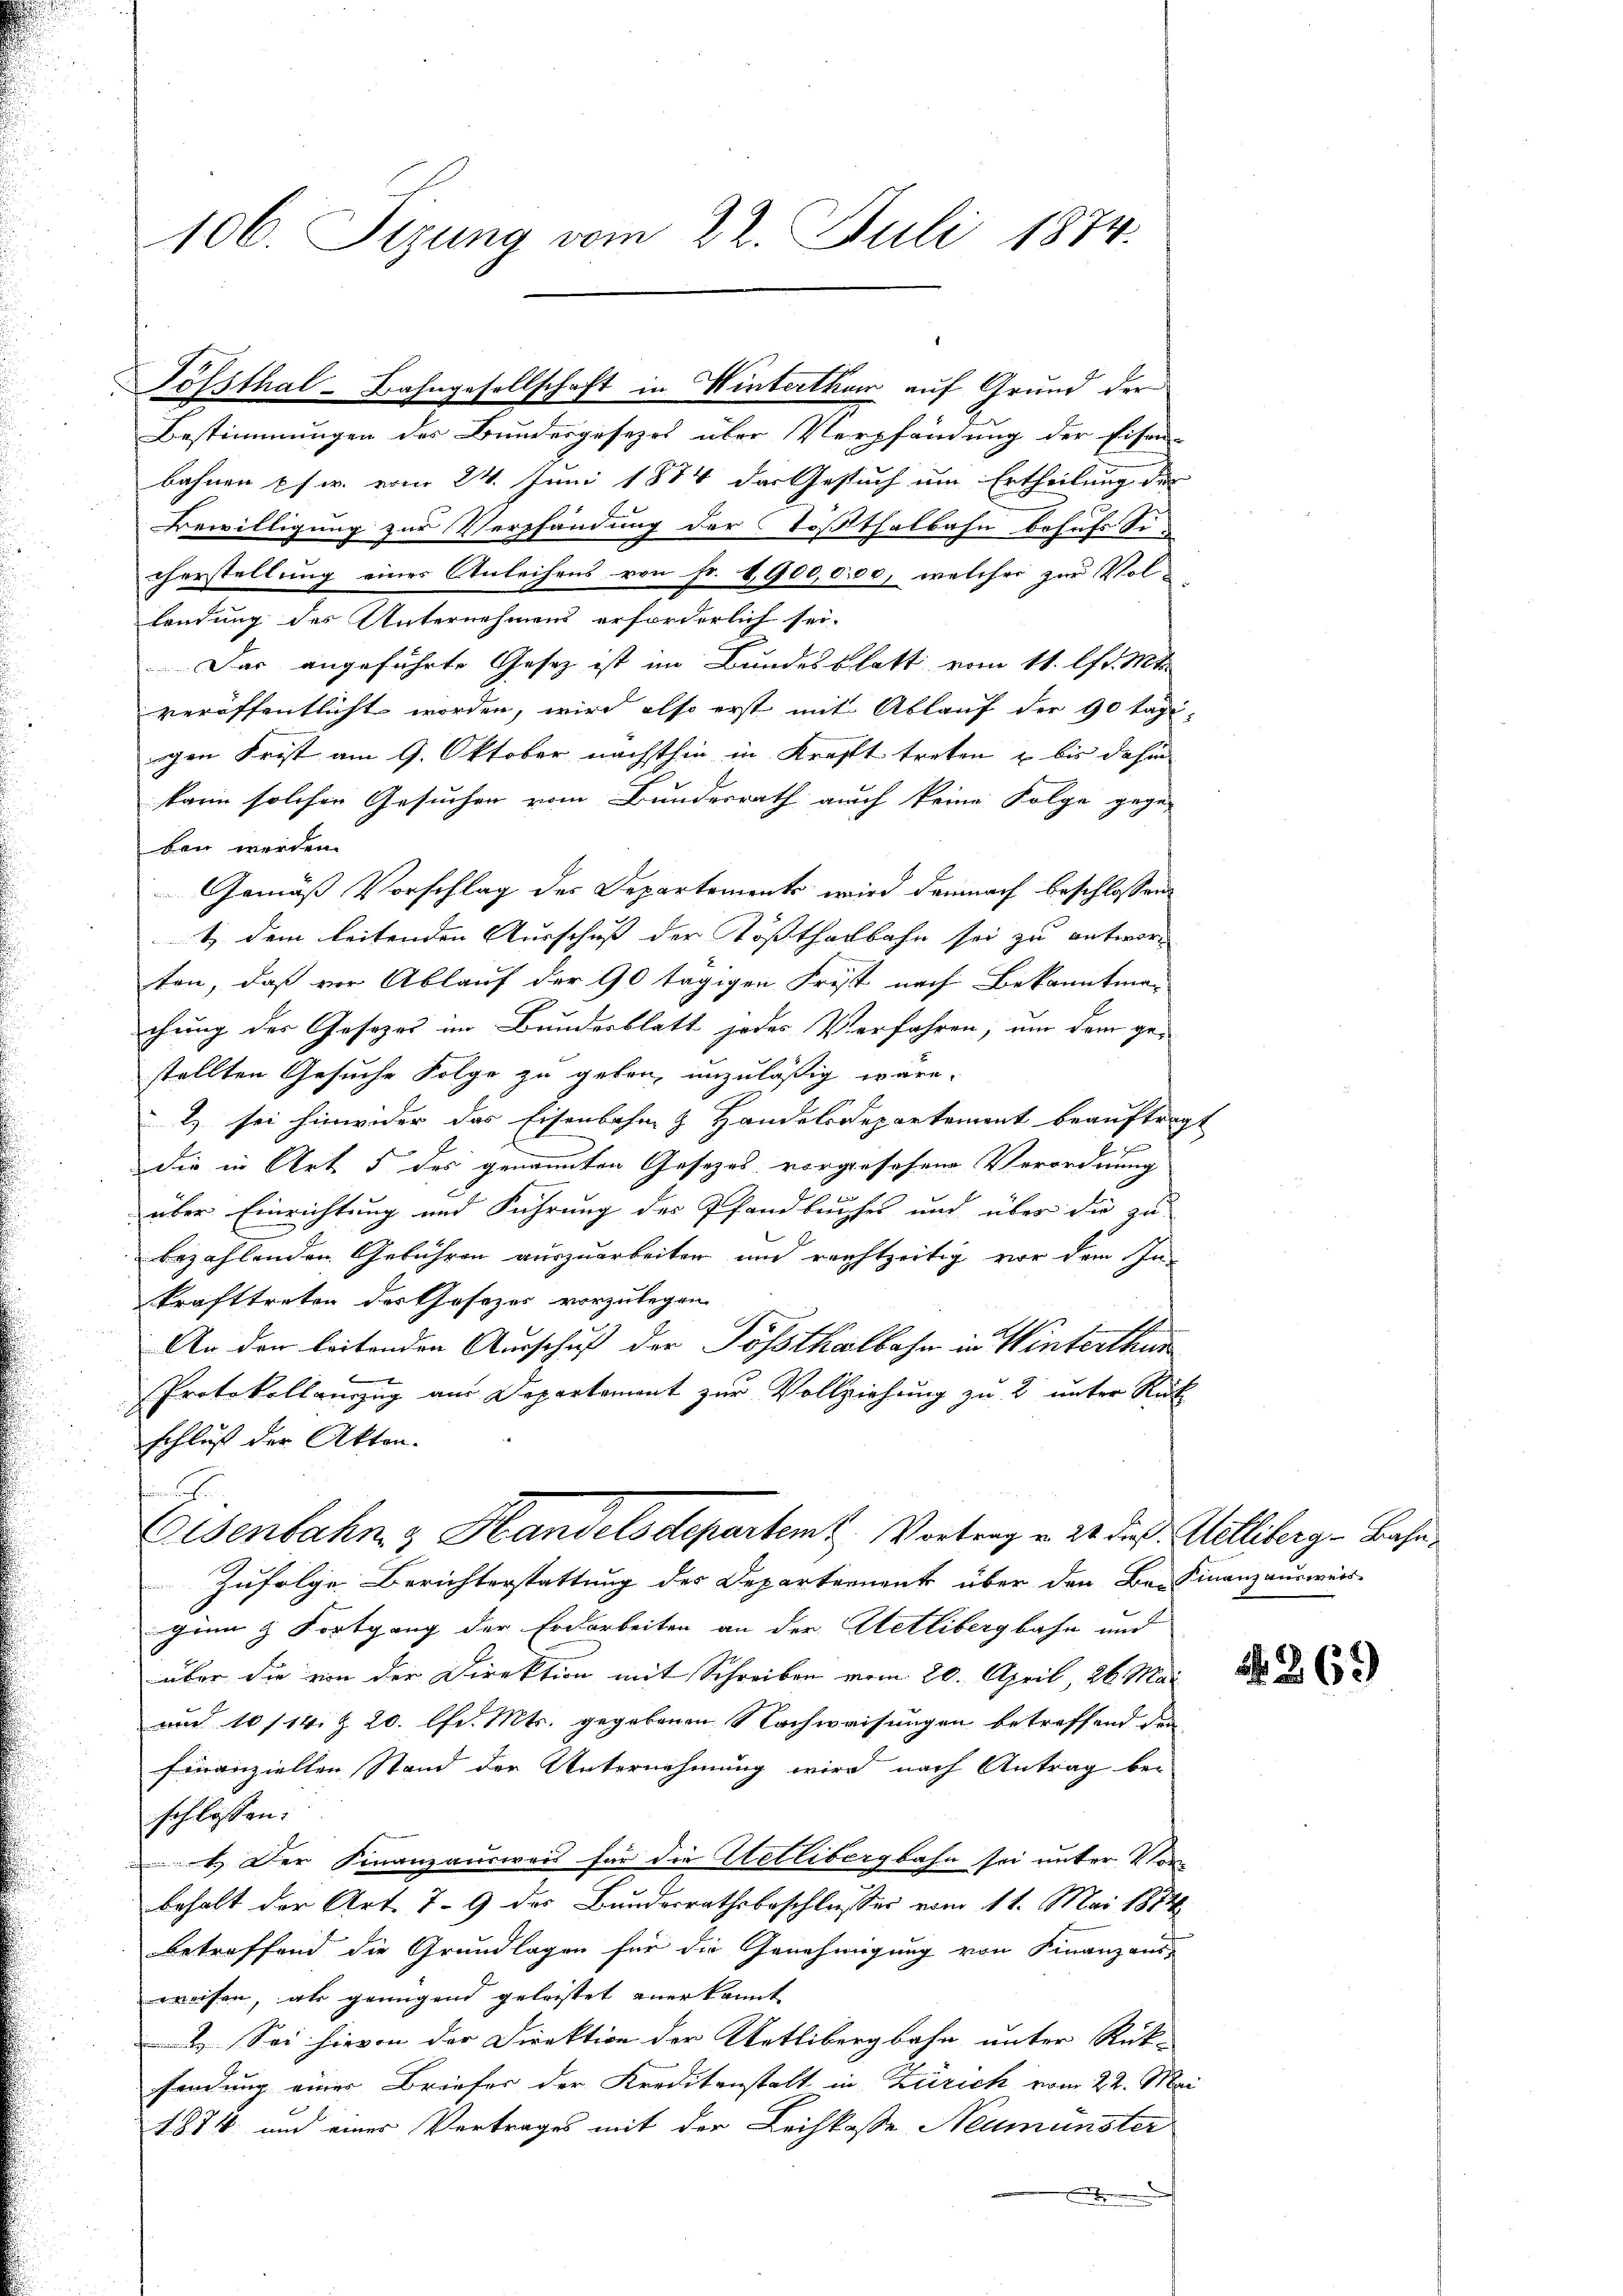
106. Sizung vom 22. Juli 1874.

Sössthal-Bahngesellschaft in Winterthur auf Grund der

Bestimmungen des Bundesgesezes über Verpfändung der Eisen-
bahnen usw. vom 24. Juni 1884 das Gesuch um Ertheilung der
Bewilligung zur Verpfändung der Tößthalbahn behufs Sicherstellung eines Anleihens von Fr. 1900,000, welcher zur Vol
lendung des Unternehmens erforderlich sei-
Das angeführte Gesetz ist im Bundesblatt vom 11. lfd. Mts.
veröffentlicht worden, wird also erst mit Ablauf der 90 Tage-
gen Frist am 9. Oktober nächsthin in Krafft treten u bis dahin
kann solchen Gesuchen vom Bundesrath auch keine Folge gege-
ben werden.
Gemäß Vorschlag des Departements wird demnach beschlossen:
t dem leitenden Ausschuß der Tößthalbahn sei zu antworten, daß vor Ablauf der 90 tägigen Frist nach Bekanntmachung des Gesezes im Bundesblatt jedes Verfahren, um dem gestellten Gesuche Folge zu geben, unzulässig wäre.
2) sei hinwider das Eisenbahn & Handelsdepartement beauftrag
2
die in Art. 5 des genannten Gesetzes vorgesehene Verordnung
über Einrichtung und Führung des Pfandbuches und über die zu
bezahlenden Gebühren auszuarbeiten und reichtzeitig vor dem Inkrafttreten des Gesezes vorzulegen.
E
An den leitenden Ausschuß der Posthalbahn in Winterthur
Protokollauszug aus Departemont zur Vollziehung zu 2 unter Rück
schluß der Akten.
Eisenbahn & Handelsdepartem Vortrag v. 24. des Milliberg-Bahn¬
Zufolge Berichterstattung des Departement über den Ba-Finanzausweis-
ginn & Fortgang der Erdarbeiten an der Metlibergbahn und
über die von der Direktion mit Schreiben vom 20. April, 26. Mai
und 10/14. Z. 20. lfd. Mts. gegebenen Nachweisungen betreffend den
Finanziellen Stand der Unternehmung wird nach Antrag be-
schlossen:
t. Der Finanzausweis für die Uetlibergbahn sei unter Vor-
behalt der Art. 79 des Bundesrathsbeschlusser vom 11. Mai 1874
betreffend die Grundlagen für die Genehmigung von Finanzaus-
weisen, als genügend geleistet anerkannt
2. Sei hievon der Direktion der Wetlibergbahn unter Rück-
sendung einer Briefer der Kreditanstalt in Zürich vom 22. Mai
1874 und eines Vertrages mit der Leihkasse Neumünster
n

h

N 269